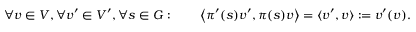
\forall v \in V , \forall v ^ { \prime } \in V ^ { \prime } , \forall s \in G : \qquad \left\langle \pi ^ { \prime } ( s ) v ^ { \prime } , \pi ( s ) v \right\rangle = \langle v ^ { \prime } , v \rangle : = v ^ { \prime } ( v ) .